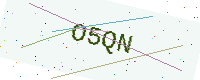
Text: O5QN